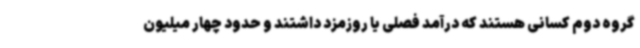
گروه دوم کسانی هستند که درآمد فصلی یا روزمزد داشتند و حدود چهار میلیون